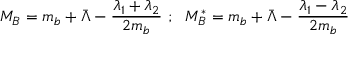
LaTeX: M _ { B } = m _ { b } + \bar { \Lambda } - \frac { \lambda _ { 1 } + \lambda _ { 2 } } { 2 m _ { b } } ~ ; ~ ~ M _ { B } ^ { * } = m _ { b } + \bar { \Lambda } - \frac { \lambda _ { 1 } - \lambda _ { 2 } } { 2 m _ { b } }